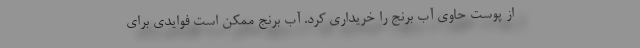
از پوست حاوی آب برنج را خریداری کرد. آب برنج ممکن است فوایدی برای